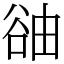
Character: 䜬